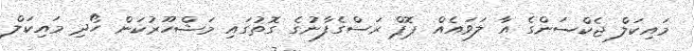
މައިކަލް ޖެކްސަންގެ އާ ލަވައެއް ޕޮޕް ރަސްގެފާނުގެ ގޮތުގައި މަޝްހޫރުކަން ހޯދި މައިކަލް